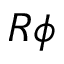
R \phi